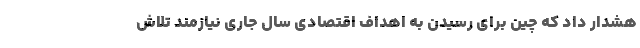
هشدار داد که چین برای رسیدن به اهداف اقتصادی سال جاری نیازمند تلاش